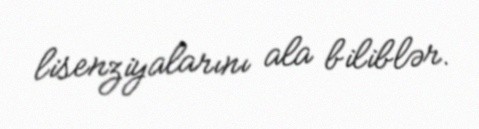
lisenziyalarını ala biliblər.